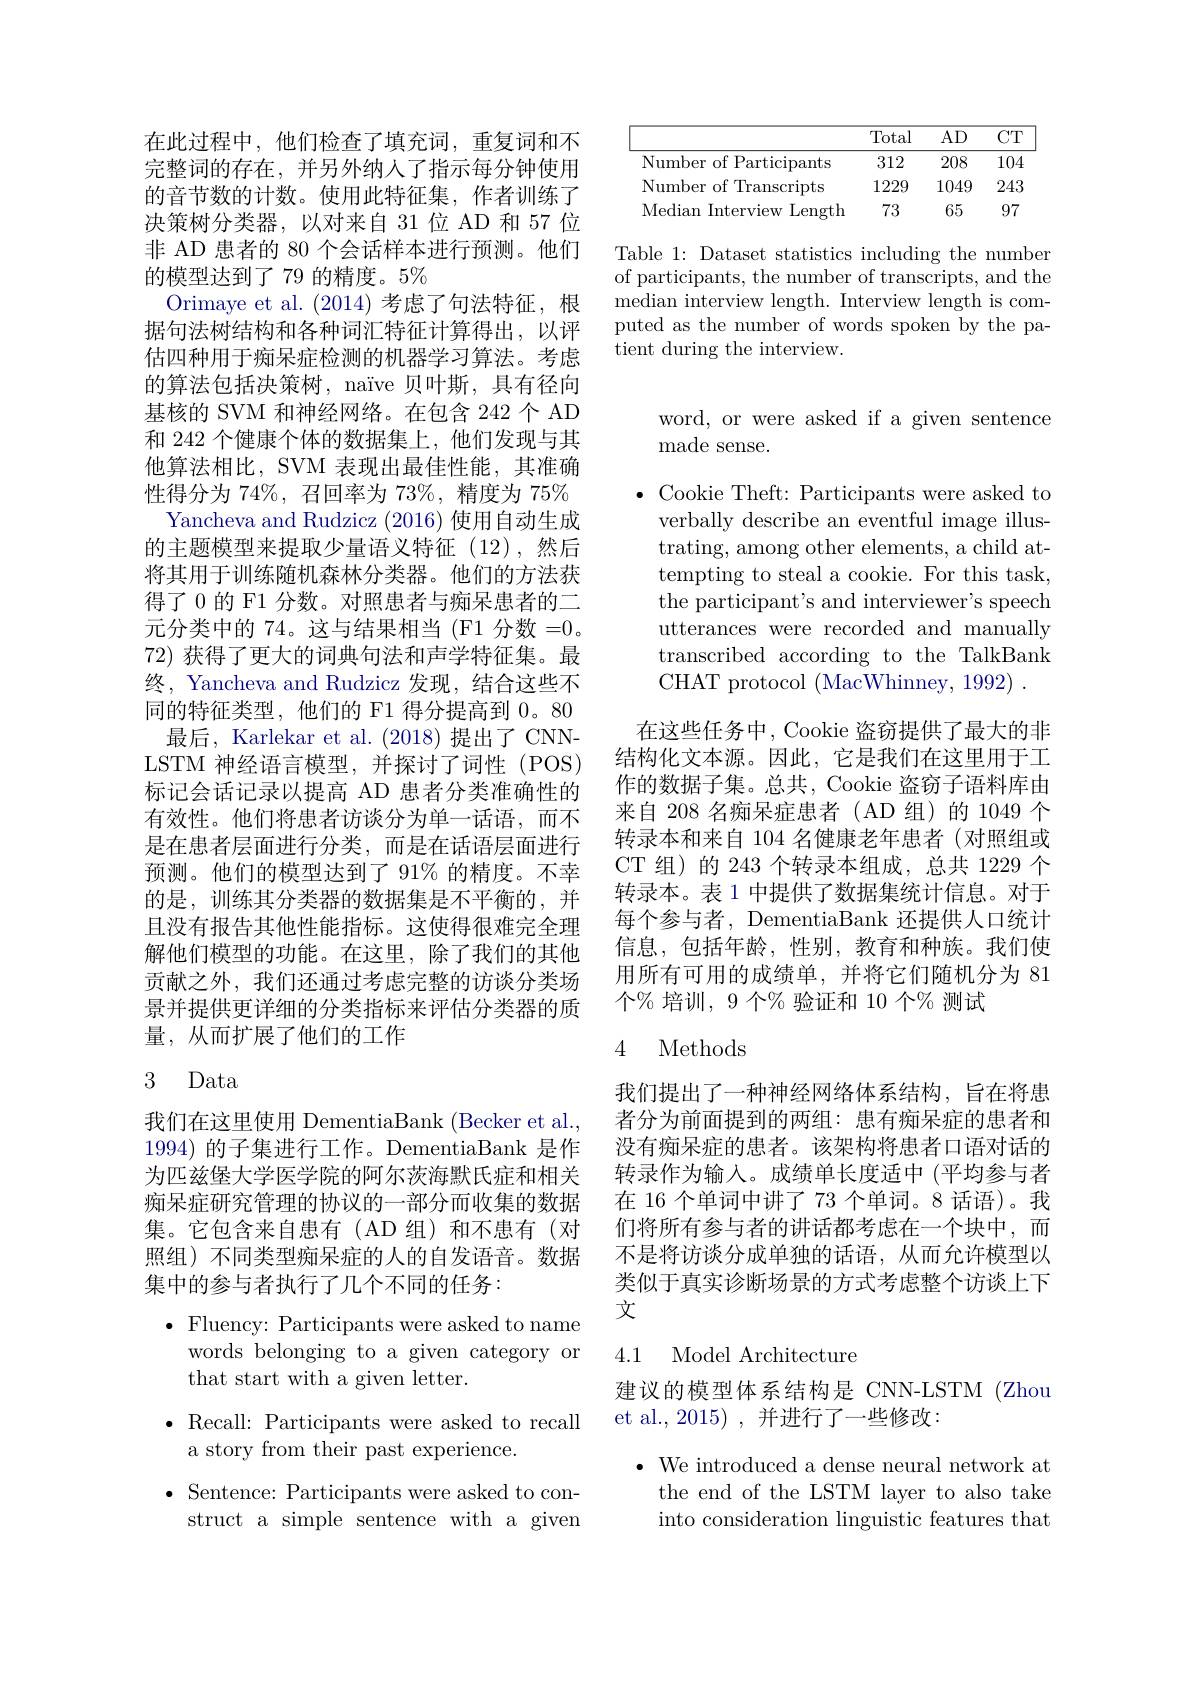
在此过程中，他们检查了填充词，重复词和不完整词的存在，并另外纳人了指示每分钟使用的音节数的计数。使用此特征集，作者训练了决策树分类器，以对来自 31 位 AD 和 57 位非 AD 患者的 80 个会话样本进行预测。他们的模型达到了 79 的精度。5%
Orimaye et al. (2014)考虑了句法特征，根据句法树结构和各种词汇特征计算得出，以评估四种用于痴呆症检测的机器学习算法。考虑的算法包括决策树，naïve 贝叶斯，具有径向基核的 SVM 和神经网络。在包含 242 个 AD 和 242 个健康个体的数据集上，他们发现与其他算法相比，SVM 表现出最佳性能，其准确性得分为 74%, 召回率为 73%, 精度为 75%
Yancheva and Rudzicz (2016) 使用自动生成的主题模型来提取少量语义特征(12),然后将其用于训练随机森林分类器。他们的方法获得了 0 的 F1 分数。对照患者与痴呆患者的二元分类中的 74。这与结果相当 (F1 分数 =0。72) 获得了更大的词典句法和声学特征集。最终，Yancheva and Rudzicz 发现，结合这些不同的特征类型，他们的 F1 得分提高到0。80最后，Karlekar et al. (2018)提出了 CNN-
LSTM 神经语言模型，并探讨了词性 (POS) 标记会话记录以提高 AD 患者分类准确性的有效性。他们将患者访谈分为单一话语，而不是在患者层面进行分类，而是在话语层面进行预测。他们的模型达到了 91% 的精度。不幸的是，训练其分类器的数据集是不平衡的，并且没有报告其他性能指标。这使得很难完全理解他们模型的功能。在这里，除了我们的其他贡献之外，我们还通过考虑完整的访谈分类场景并提供更详细的分类指标来评估分类器的质量，从而扩展了他们的工作

## 3 Data

我们在这里使用 DementiaBank (Becker et al., 1994)的子集进行工作。DementiaBank 是作为匹兹堡大学医学院的阿尔茨海默氏症和相关痴呆症研究管理的协议的一部分而收集的数据集。它包含来自患有(AD组)和不患有(对照组)不同类型痴呆症的人的自发语音。数据集中的参与者执行了几个不同的任务：

$\bullet$ Fluency: Participants were asked to name
words belonging to a given category or
that start with a given letter.
$\bullet$Recall: Participants were asked to recall
a story from their past experience.
$\bullet$ Sentence: Participants were asked to con-
struct a simple sentence with a given

<table>
	<tbody>
		<tr>
			<th> </th>
			<th>Total</th>
			<th>$AD$</th>
			<th>$CT$</th>
		</tr>
		<tr>
			<td>Number of Participants</td>
			<td>312</td>
			<td>208</td>
			<td>104</td>
		</tr>
		<tr>
			<td>Number of Transcripts</td>
			<td>1229</td>
			<td>1049</td>
			<td>243</td>
		</tr>
		<tr>
			<td>Median Interview Length</td>
			<td>73</td>
			<td>65</td>
			<td>97</td>
		</tr>
	</tbody>
</table>

Table 1: Dataset statistics including the number of participants, the number of transcripts, and the median interview length. Interview length is computed as the number of words spoken by the patient during the interview.

word, or were asked if a given sentence
made sense.

$\bullet$ Cookie Theft: Participants were asked to
verbally describe an eventful image illustrating, among other elements, a child attempting to steal a cookie. For this task, the participant's and interviewer's speech utterances were recorded and manually transcribed according to the TalkBank CHAT protocol (MacWhinney,1992).
在这些任务中，Cookie 盗窃提供了最大的非结构化文本源。因此，它是我们在这里用于工作的数据子集。总共，Cookie 盗窃子语料库由来自 208 名痴呆症患者 (AD 组)的 1049 个转录本和来自 104 名健康老年患者 (对照组或CT 组)的 243 个转录本组成，总共 1229 个转录本。表 1 中提供了数据集统计信息。对于每个参与者，DementiaBank 还提供人口统计信息，包括年龄，性别，教育和种族。我们使用所有可用的成绩单，并将它们随机分为 81个% 培训，9 个% 验证和 10 个% 测试

### 4 Methods

我们提出了一种神经网络体系结构，旨在将患者分为前面提到的两组：患有痴呆症的患者和没有痴呆症的患者。该架构将患者口语对话的转录作为输入。成绩单长度适中 (平均参与者在 16 个单词中讲了 73 个单词。8 话语)。我们将所有参与者的讲话都考虑在一个块中，而不是将访谈分成单独的话语，从而允许模型以类似于真实诊断场景的方式考虑整个访谈上下文

## 4.1 Model Architecture

建议的模型体系结构是 CNN-LSTM (Zhou
et al., 2015) , 并进行了一些修改：

$\bullet$ We introduced a dense neural network at
the end of the LSTM layer to also take into consideration linguistic features that